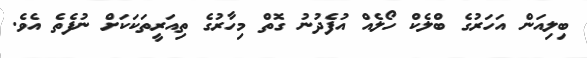
ބިލިއަން އަހަރުގެ ބްލެކް ހޯލެއް އުފެދުނު ގޮތް މިހާރުގެ ތިއަރީތަކަކަށް ނުފެތެ އެވެ.